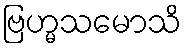
ဗြဟ္မသမောသိ